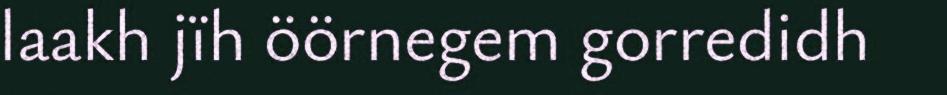
laakh jïh öörnegem gorredidh